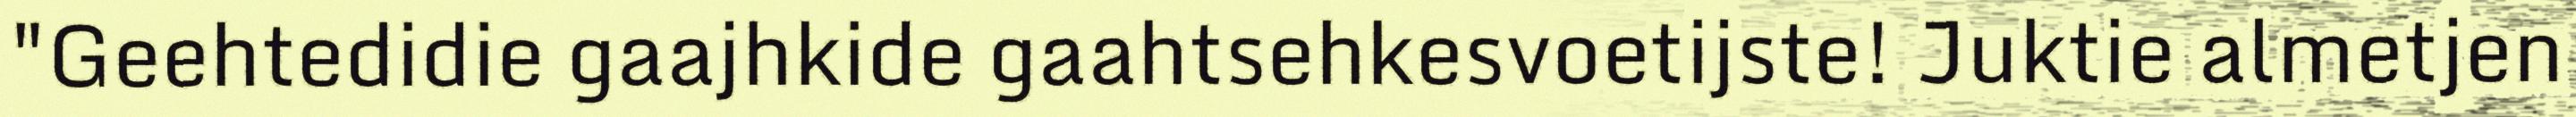
"Geehtedidie gaajhkide gaahtsehkesvoetijste! Juktie almetjen